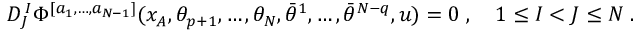
D _ { J } ^ { \, I } \Phi ^ { [ a _ { 1 } , \ldots , a _ { N - 1 } ] } ( x _ { A } , \theta _ { p + 1 } , \ldots , \theta _ { N } , \bar { \theta } ^ { 1 } , \ldots , \bar { \theta } ^ { N - q } , u ) = 0 \; , \quad 1 \leq I < J \leq N \; .